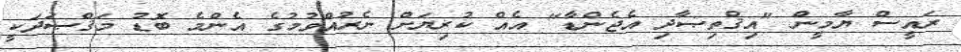
ރައީސް ޔާމީން "އިޤްތިޞާދި އެޖެންޑާ" އެއް ކުރިޔަށް ނެރުއްވުމުގެ އެންމެ ބޮޑު މަޤްޞަދަކީ